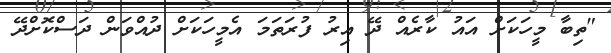
"ތިބާ މީހަކަށް އައު ކާރެއް ދޭ އިރު ފުރަތަމަ އެމީހަކަށް ދުއްވަން ދަސްކޮށްދޭ